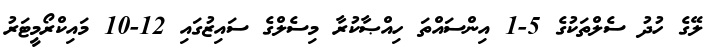
ލޭގެ ހުދު ސެލްތަކުގެ 5-1 އިންސައްތަ ހިއްޞާކުރާ މިސެލްގެ ސައިޒުގައި 12-10 މައިކްރޯމީޓަރު